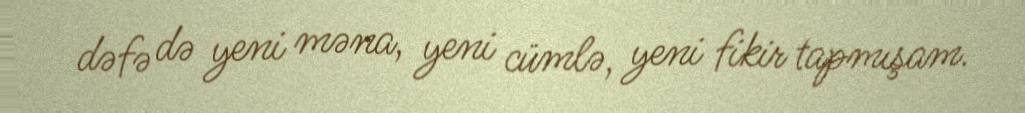
dəfə də yeni məna, yeni cümlə, yeni fikir tapmışam.